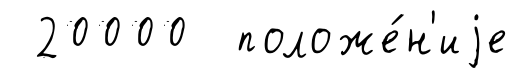
20000 положе́н'иjе